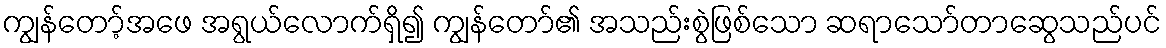
ကျွန်တော့်အဖေ အရွယ်လောက်ရှိ၍ ကျွန်တော်၏ အသည်းစွဲဖြစ်သော ဆရာသော်တာဆွေသည်ပင်